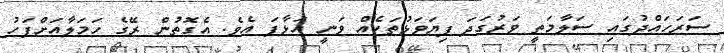
ސަރަހައްދުގައި ސަލާމަތީ ވަރުގަދަ ފިޔަވަޅުތަކެއް ވަނީ އަޅާފަ އެވެ. އެގޮތުން ރޭގެ ހަމަލާއަށްފަހު